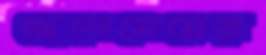
ছেলেমেয়ের